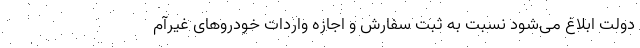
دولت ابلاغ می‌شود نسبت به ثبت سفارش و اجازه واردات خودروهای غیرآم